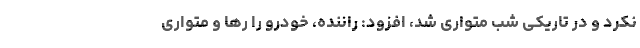
نکرد و در تاریکی شب متواری شد، افزود: راننده، خودرو را رها و متواری